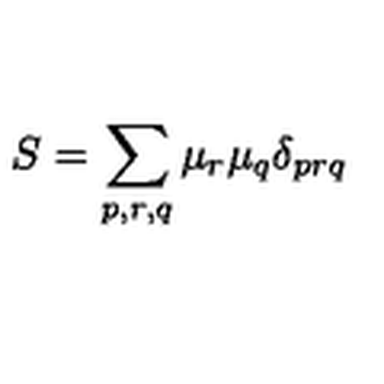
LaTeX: S = \sum _ { p , r , q } \mu _ { r } \mu _ { q } \delta _ { p r q }